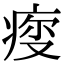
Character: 𤶤